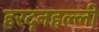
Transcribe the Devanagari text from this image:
हरदनहल्ली